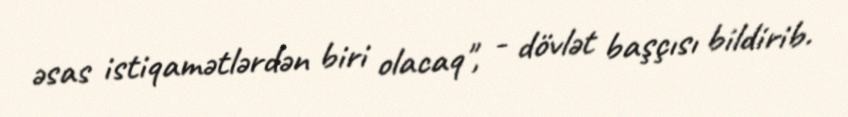
əsas istiqamətlərdən biri olacaq", - dövlət başçısı bildirib.